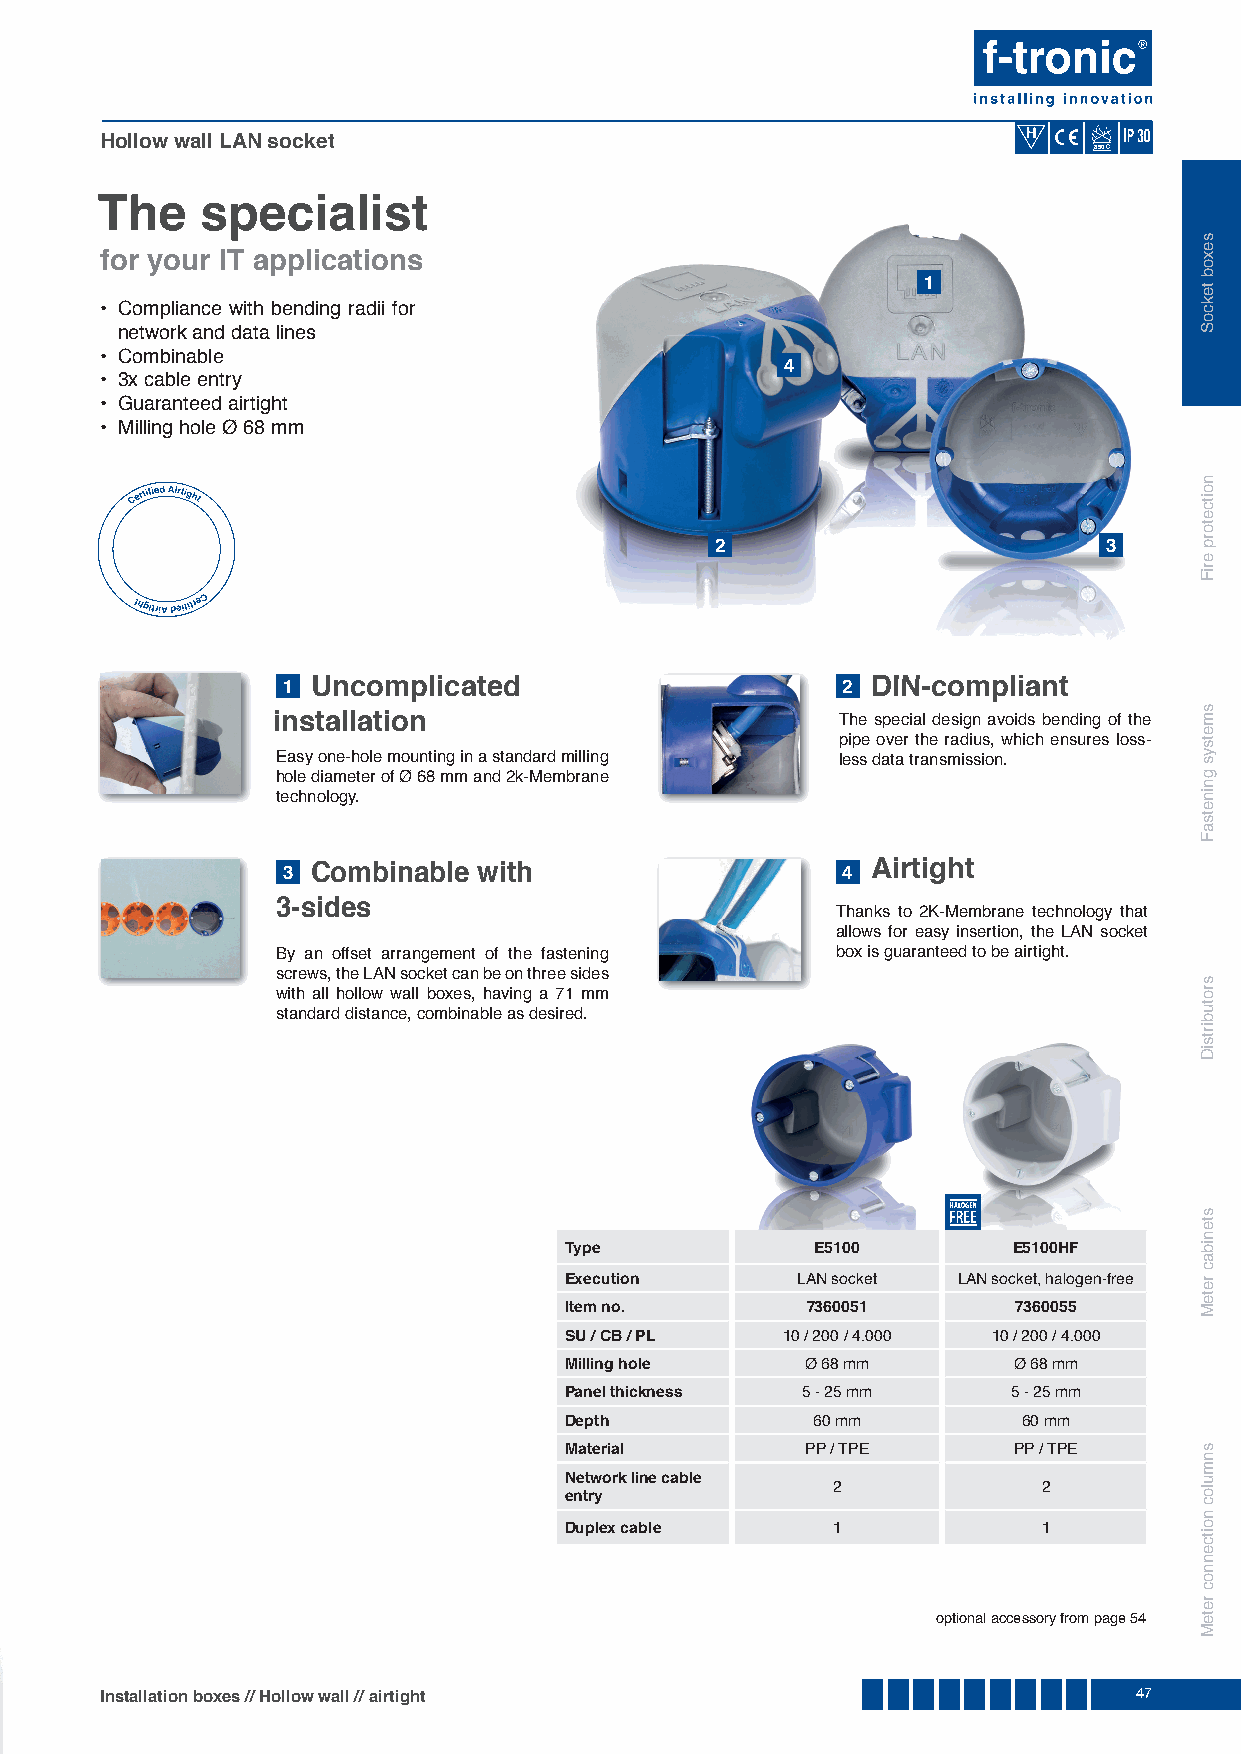
Hollow wall LAN socket
 850
 The    specialist
 for your IT applications
 1
 • Compliance with bending radii for
 network and data lines
 • Combinable
 4
 • 3x cable entry
 • Guaranteed airtight
 • Milling hole Ø 68 mm
 2                         3
 1 Uncomplicated                      2 DDIINN--ccoommpplliiaanntt
 installation                         The special design avoids bending of the
 pipe over the radius, which ensures loss-
 Easy one-hole mounting in a standard milling less data transmission.
 hole diameter of Ø 68 mm and 2k-Membrane
 technology.
 3 Combinable with                    4 Airtight
 3-sides                              Thanks to 2K-Membrane technology that
 allows for easy insertion, the LAN socket
 By an offset arrangement of the fastening box is guaranteed to be airtight.
 screws, the LAN socket can be on three sides
 with all hollow wall boxes, having a 71 mm
 standard distance, combinable as desired.
 Type             E5100        E5100HF
 Execution       LAN socket LAN socket, halogen-free
 Item no.        7360051       7360055
 SU / CB / PL   10 / 200 / 4.000 10 / 200 / 4.000
 Milling hole    Ø 68 mm       Ø 68 mm
 Panel thickness 5 - 25 mm     5 - 25 mm
 Depth            60 mm         60 mm
 Material        PP / TPE      PP / TPE
 Network line cable
 2             2
 entry
 Duplex cable      1             1
 optional accessory from page 54
 Installation boxes // Hollow wall / / airtight                      47
 sexob
 tekcoS
 noitcetorp
 eriF
 smetsys
 gninetsaF
 srotubirtsiD
 stenibac
 reteM
 snmuloc
 noitcennoc
 reteM